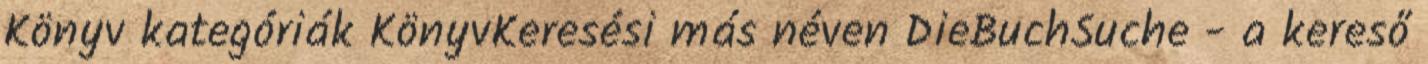
Könyv kategóriák KönyvKeresési más néven DieBuchSuche - a kereső